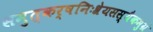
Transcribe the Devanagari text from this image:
समुत्कर्षनिःश्रेयसस्यैकमुग्रं